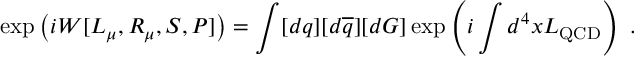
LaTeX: \exp \left( i W [ { \cal L } _ { \mu } , { \cal R } _ { \mu } , { \cal S } , { \cal P } ] \right) = \int [ d q ] [ d \overline { { { q } } } ] [ d G ] \exp \left( i \int d ^ { 4 } x { \cal L } _ { \mathrm { Q C D } } \right) \ .